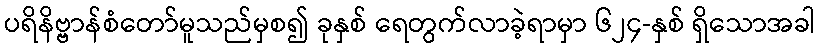
ပရိနိဗ္ဗာန်စံတော်မူသည်မှစ၍ ခုနှစ် ရေတွက်လာခဲ့ရာမှာ ၆၂၄-နှစ် ရှိသောအခါ